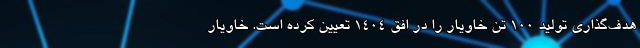
هدف‌گذاری تولید ۱۰۰ تن خاویار را در افق ۱۴۰۴ تعیین کرده است. خاویار